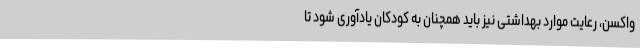
واکسن، رعایت موارد بهداشتی نیز باید همچنان به کودکان یادآوری شود تا